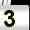
Digit: 3